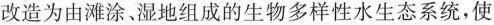
改造为由滩涂湿地组成的生物多样性水生态系统，使